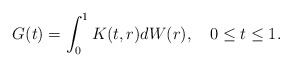
\begin{align*}G(t)=\int_0^1K(t,r)dW(r), \ \ \ 0\le t \le 1.\end{align*}